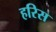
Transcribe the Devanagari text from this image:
हरिस